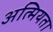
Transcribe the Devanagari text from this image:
अत्मियता